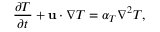
\frac { \partial T } { \partial t } + \mathbf { u } \cdot \nabla T = \alpha _ { T } \nabla ^ { 2 } T ,